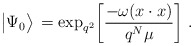
\begin{align*}\big|\Psi_0\big>\,={\rm exp}_{q^2}\bigg[{-\omega (x\cdot x)\over q^N\mu}\bigg]\ .\end{align*}